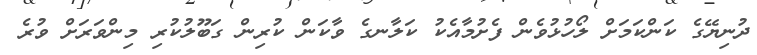
ދުނިޔޭގެ ކަންކަމަށް ލޯހުޅުވެން ފެށުމާއެކު ކަލާނގެެ ވާކަން ކުރިން ގަބޫލުކުރި މިންވަރަށް ވުރެ